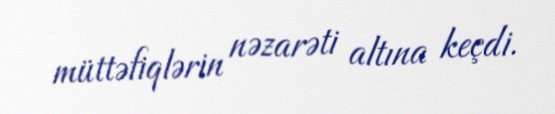
müttəfiqlərin nəzarəti altına keçdi.